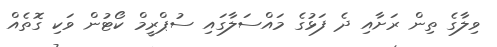
ވިލާގެ ތިން ރަށާއި ދެ ފަޅުގެ މައްސަލާގައި ސުޕްރީމް ކޯޓުން ވަކި ގޮތެއް